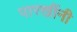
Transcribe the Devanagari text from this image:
पारखींनी